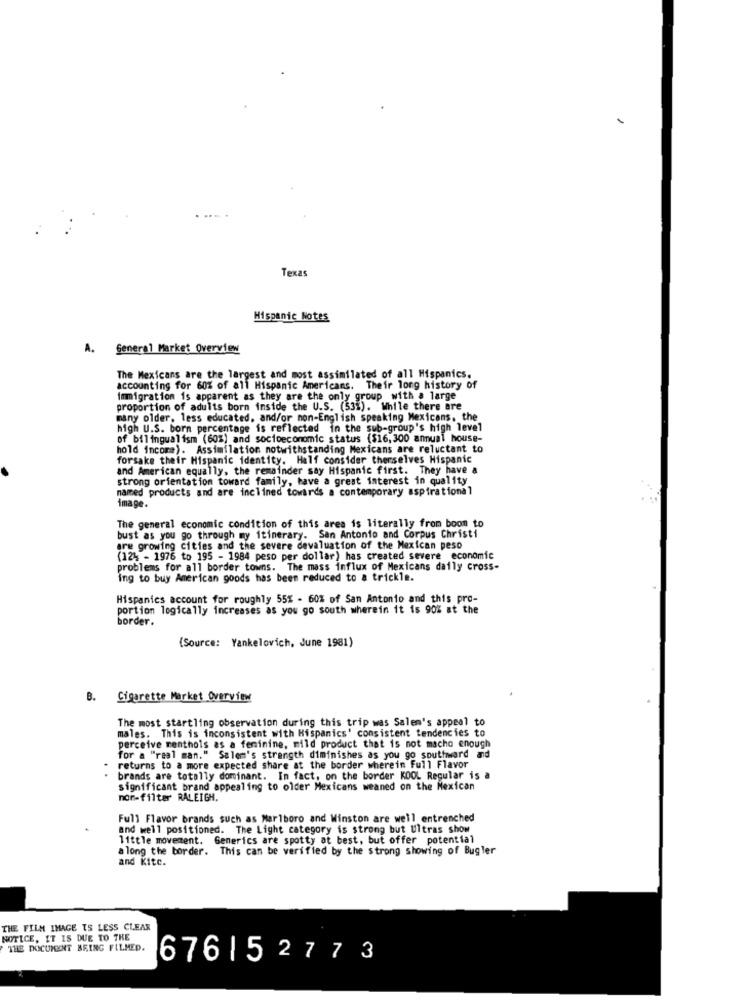
Texas
Hispanic Notes
A. General Market Overview
The Mexicans are the largest and most assimilated of all Hispanics.
accounting for 60% of all Hispanic Americans. Their long history of
immigration is apparent as they are the only group with a large
proportion of adults born inside the U.S. (53%). While there are
many older, less educated, and/or non-English speaking Mexicans, the
high U.S. born percentage is reflected in the sub-group's high level
of bilingualism (60%) and socioeconomic status ($16,300 annual house-
hold income). Assimilation notwithstanding Mexicans are reluctant to
forsake their Hispanic identity. Half consider therselves Hispanic
and American equally, the remainder say Hispanic first. They have a
strong orientation toward family, have a great interest in quality
named products and are inclined towards a contemporary aspirational
Image.
The general economic condition of this area is literally from boom to
bust as you go through my itinerary. San Antonio and Corpus Christi
are growing cities and the severe devaluation of the Mexican peso
(124 - 1976 to 195 - 1984 peso per dollar) has created severe economic
problems for all border towns. The mass influx of Mexicans daily cross-
ing to buy American goods has been reduced to a trickle.
Hispanics account for roughly 55% - 60% of San Antonio and this pro-
portion logically increases as you go south wherein it is 90% at the
border.
(Source: Yankelovich, June 1981)
B. Cigarette Market Overview
The most startling observation during this trip was Salem's appeal to
males. This is inconsistent with Hispanics' consistent tendencies to
perceive menthols as a feminine, mild product that is not macho enough
for a "real man." Salem's strength diminishes as you go southward and
returns to a more expected share at the border wherein Full Flavor
brands are totally dominant. In fact, on the border KOOL Regular is a
significant brand appealing to older Mexicans weaned on the Mexican
non-filter RALEIGH.
Full Flavor brands such as Marlboro and Winston are well entrenched
and well positioned. The Light category is strong but Ultras show
little movement. Generics are spotty at best, but offer potential
along the border. This can be verified by the strong showing of Bugler
and Kitc.
THE FILM IMAGE IS LESS CLEAR
NOTICE, IT IS DUE TO THE
THE DOCUMENT BRING FILMED.
676| 52773